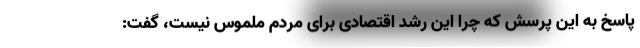
پاسخ به این پرسش که چرا این رشد اقتصادی برای مردم ملموس نیست، گفت: